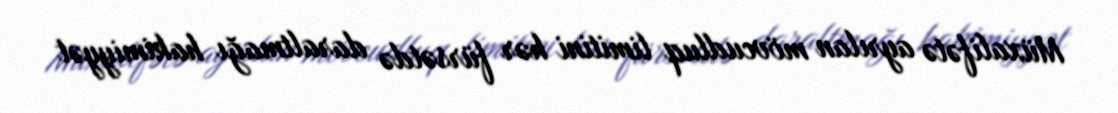
Müxalifətə ayrılan mövcudluq limitini hər fürsətdə daraltmağı hakimiyyət